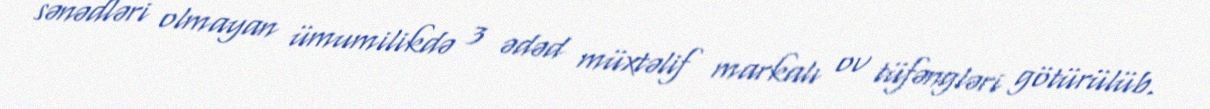
sənədləri olmayan ümumilikdə 3 ədəd müxtəlif markalı ov tüfəngləri götürülüb.